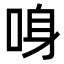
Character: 𠲳